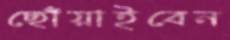
ছোঁয়াইবেন